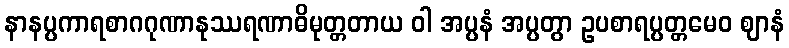
နာနပ္ပကာရစာဂဂုဏာနုဿရဏာဓိမုတ္တတာယ ဝါ အပ္ပနံ အပ္ပတွာ ဥပစာရပ္ပတ္တမေဝ ဈာနံ